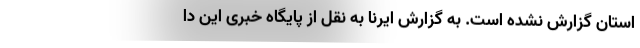
استان گزارش نشده است. به گزارش ایرنا به نقل از پایگاه خبری این دا